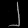
Digit: ၂